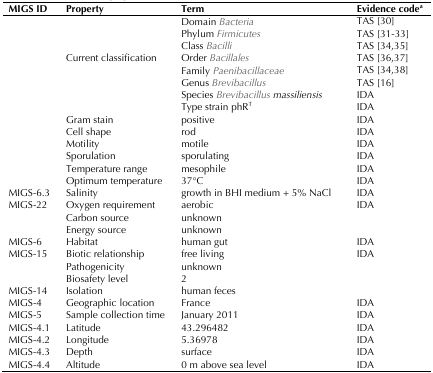
<table><thead><tr><td><b>MIGS ID</b></td><td><b>Property</b></td><td><b>Term</b></td><td><b>Evidence code<sup>a</sup></b></td></tr></thead><tbody><tr><td></td><td></td><td>Domain <i>Bacteria</i></td><td>TAS [30] </td></tr><tr><td></td><td></td><td>Phylum <i>Firmicutes</i></td><td>TAS [31-33]</td></tr><tr><td></td><td></td><td>Class <i>Bacilli</i></td><td>TAS [34,35]</td></tr><tr><td></td><td>Current classification</td><td>Order <i>Bacillales</i></td><td>TAS [36,37]</td></tr><tr><td></td><td></td><td>Family <i>Paenibacillaceae</i></td><td>TAS [34,38]</td></tr><tr><td></td><td></td><td>Genus <i>Brevibacillus</i></td><td>TAS [16]</td></tr><tr><td></td><td></td><td>Species <i>Brevibacillus massiliensis</i></td><td>IDA</td></tr><tr><td></td><td></td><td>Type strain phR<sup>T</sup></td><td>IDA</td></tr><tr><td></td><td>Gram stain</td><td>positive</td><td>IDA</td></tr><tr><td></td><td>Cell shape</td><td>rod</td><td>IDA</td></tr><tr><td></td><td>Motility</td><td>motile</td><td>IDA</td></tr><tr><td></td><td>Sporulation</td><td>sporulating</td><td>IDA</td></tr><tr><td></td><td>Temperature range</td><td>mesophile</td><td>IDA</td></tr><tr><td></td><td>Optimum temperature</td><td>37°C</td><td>IDA</td></tr><tr><td>MIGS-6.3</td><td>Salinity</td><td>growth in BHI medium + 5% NaCl</td><td>IDA</td></tr><tr><td>MIGS-22</td><td>Oxygen requirement</td><td>aerobic</td><td>IDA</td></tr><tr><td></td><td>Carbon source</td><td>unknown</td><td></td></tr><tr><td></td><td>Energy source</td><td>unknown</td><td></td></tr><tr><td>MIGS-6</td><td>Habitat</td><td>human gut</td><td>IDA</td></tr><tr><td>MIGS-15</td><td>Biotic relationship</td><td>free living</td><td>IDA</td></tr><tr><td>MIGS-14</td><td>PathogenicityBiosafety levelIsolation</td><td>unknown2human feces</td><td></td></tr><tr><td>MIGS-4</td><td>Geographic location</td><td>France</td><td>IDA</td></tr><tr><td>MIGS-5</td><td>Sample collection time</td><td>January 2011</td><td>IDA</td></tr><tr><td>MIGS-4.1</td><td>Latitude</td><td>43.296482</td><td>IDA</td></tr><tr><td>MIGS-4.2</td><td>Longitude</td><td>5.36978</td><td>IDA</td></tr><tr><td>MIGS-4.3</td><td>Depth</td><td>surface</td><td>IDA</td></tr><tr><td>MIGS-4.4</td><td>Altitude</td><td>0 m above sea level</td><td>IDA</td></tr></tbody></table>